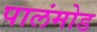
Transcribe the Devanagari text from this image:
पालंमोड